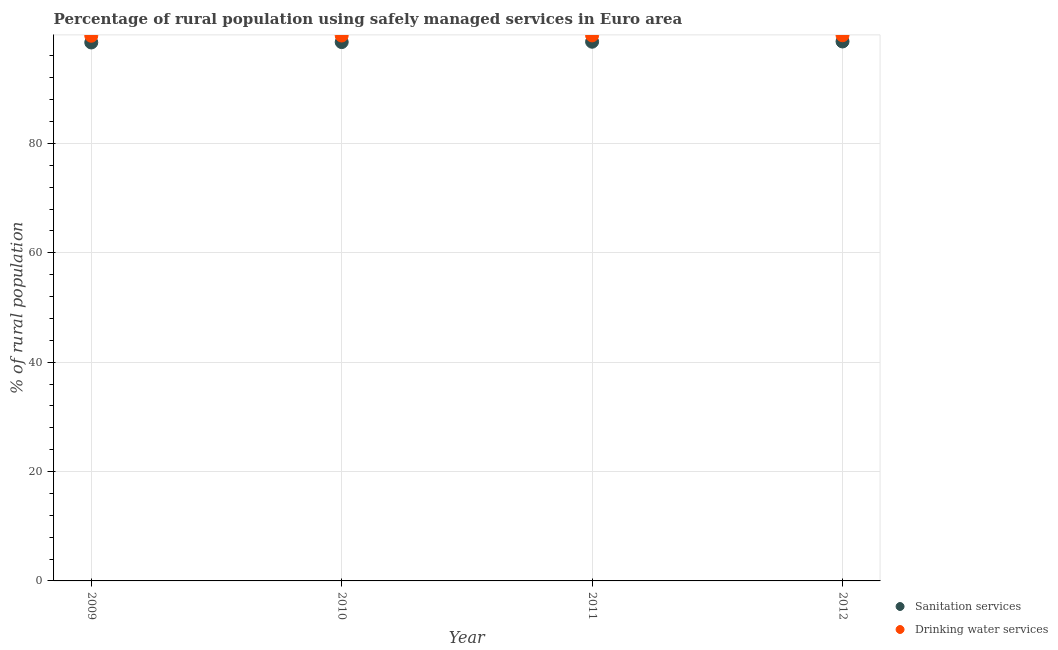
| Year | Sanitation services | Drinking water services |
 | --- | --- | --- |
 | 2009 | 98.5 | 99.7 |
 | 2010 | 98.5 | 99.7 |
 | 2011 | 98.6 | 99.8 |
 | 2012 | 98.6 | 99.8 |